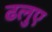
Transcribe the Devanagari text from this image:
ढलुए